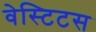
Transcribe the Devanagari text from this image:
वेस्टिटस